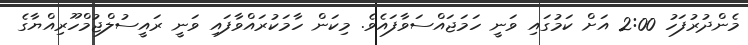
މެންދުރުފަހު 2:00 އަށް ކަމުގައި ވަނީ ހަމަޖައްސަވާފައެވެ. މިކަން ހާމަކުރައްވާފައި ވަނީ ރައީސުލްޖުމްހޫރިއްޔާގެ